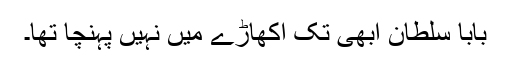
بابا سلطان ابھی تک اکھاڑے میں نہیں پہنچا تھا۔